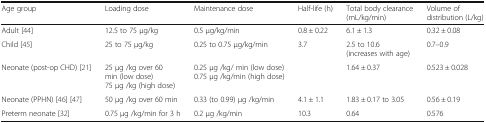
<table><thead><tr><td><b>Age group</b></td><td><b>Loading dose</b></td><td><b>Maintenance dose</b></td><td><b>Half-life (h)</b></td><td><b>Total body clearance (mL/kg/min)</b></td><td><b>Volume of distribution (L/kg)</b></td></tr></thead><tbody><tr><td>Adult [44]</td><td>12.5 to 75 μg/kg</td><td>0.5 μg/kg/min</td><td>0.8 ± 0.22</td><td>6.1 ± 1.3</td><td>0.32 ± 0.08</td></tr><tr><td>Child [45]</td><td>25 to 75 μg/kg</td><td>0.25 to 0.75 μg/kg/min</td><td>3.7</td><td>2.5 to 10.6 (increases with age)</td><td>0.7–0.9</td></tr><tr><td>Neonate (post-op CHD) [21]</td><td>25 μg /kg over 60 min (low dose)75 μg /kg (high dose)</td><td>0.25 μg /kg/ min (low dose)0.75 μg /kg/min (high dose)</td><td></td><td>1.64 ± 0.37</td><td>0.523 ± 0.028</td></tr><tr><td>Neonate (PPHN) [46] [47]</td><td>50 μg /kg over 60 min</td><td>0.33 (to 0.99) μg /kg/min</td><td>4.1 ± 1.1</td><td>1.83 ± 0.17 to 3.05</td><td>0.56 ± 0.19</td></tr><tr><td>Preterm neonate [32]</td><td>0.75 μg /kg/min for 3 h</td><td>0.2 μg /kg/min</td><td>10.3</td><td>0.64</td><td>0.576</td></tr></tbody></table>